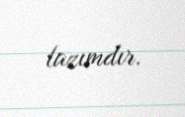
lazımdır.